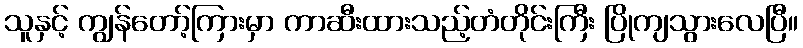
သူနှင့် ကျွန်တော့်ကြားမှာ ကာဆီးထားသည့်တံတိုင်းကြီး ပြိုကျသွားလေပြီ။